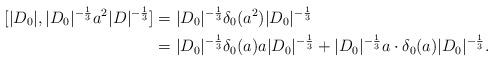
LaTeX: \begin{align*} [|D_0|,|D_0|^{-\frac13}a^2|D|^{-\frac13}] &= |D_0|^{-\frac13}\delta_0(a^2)|D_0|^{-\frac13}\\ &= |D_0|^{-\frac13}\delta_0(a)a|D_0|^{-\frac13}+|D_0|^{-\frac13}a\cdot\delta_0(a)|D_0|^{-\frac13}. \end{align*}